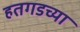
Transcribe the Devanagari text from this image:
हतगडच्या